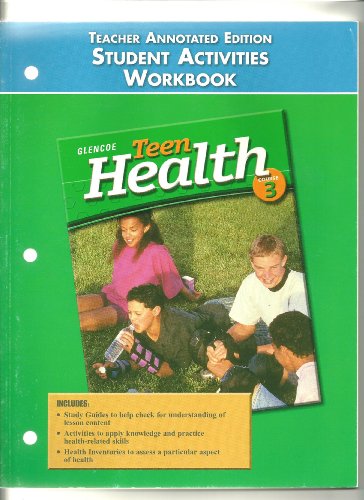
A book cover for Glencoe, Teen Health, Course 3, Student Activities Workbook, Teacher Annotated Edition, ISBN 0078261872, 9780078261879; Health, Fitness & Dieting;